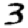
Digit: 3